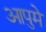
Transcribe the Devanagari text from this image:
आपुमे